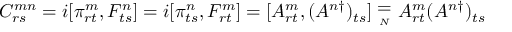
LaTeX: C _ { r s } ^ { m n } = i [ \pi _ { r t } ^ { m } , F _ { t s } ^ { n } ] = i [ \pi _ { t s } ^ { n } , F _ { r t } ^ { m } ] = [ A _ { r t } ^ { m } , ( A ^ { n \dagger } ) _ { t s } ] \stackrel { _ { \textstyle = } } { _ { _ { N } } } A _ { r t } ^ { m } ( A ^ { n \dagger } ) _ { t s }